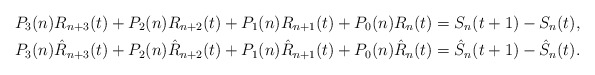
\begin{align*}P_3(n)R_{n+3}(t)+P_2(n)R_{n+2}(t)+P_1(n)R_{n+1}(t)+P_0(n)R_n(t)&=S_n(t+1)-S_n(t),\\P_3(n)\hat R_{n+3}(t)+P_2(n)\hat R_{n+2}(t)+P_1(n)\hat R_{n+1}(t)+P_0(n)\hat R_n(t)&=\hat S_n(t+1)-\hat S_n(t).\end{align*}